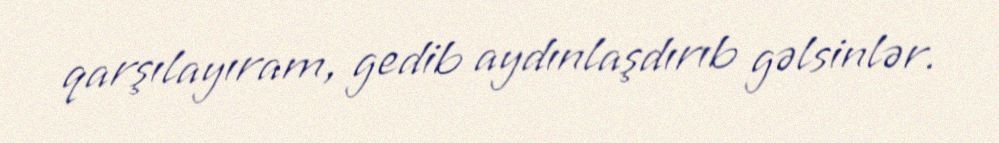
qarşılayıram, gedib aydınlaşdırıb gəlsinlər.